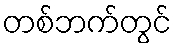
တစ်ဘက်တွင်